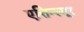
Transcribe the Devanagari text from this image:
एत्तिन्स्मूर